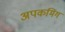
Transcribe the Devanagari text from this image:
अपकमिंग